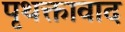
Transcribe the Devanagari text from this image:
पृथक्तावाद